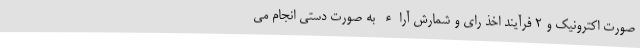
صورت اکترونیک و ۲ فرآیند اخذ رای و شمارش آراء به صورت دستی انجام می